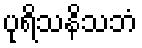
ပုရိသနိသဘံ